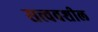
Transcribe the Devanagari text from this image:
सत्त्ववशील